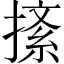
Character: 𢱨